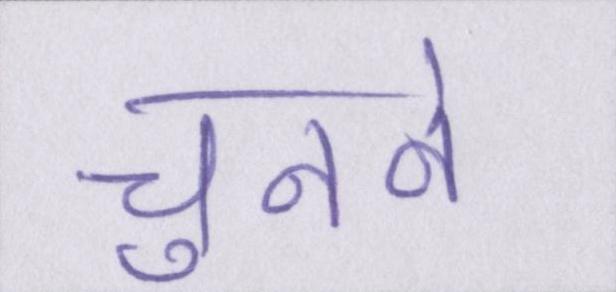
चुनने